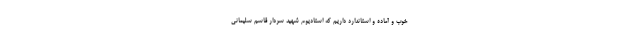
خوب و آماده و استاندارد داریم که استادیوم شهید سردار قاسم سلیمانی